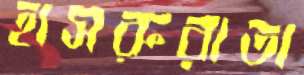
হাসরুরাতা